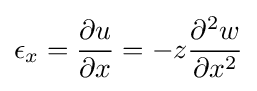
\epsilon _{x}={\frac {\partial u}{\partial x}}=-z{\frac {\partial ^{2}w}{\partial x^{2}}}